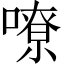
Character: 嘹